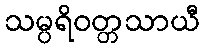
သမ္ပရိဝတ္တသာယီ